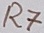
Text: R7